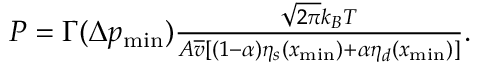
\begin{array} { r } { P = \Gamma ( \Delta p _ { \mathrm { m i n } } ) \frac { \sqrt { 2 \pi } k _ { B } T } { A \overline { { v } } [ ( 1 - \alpha ) \eta _ { s } ( x _ { \mathrm { m i n } } ) + \alpha \eta _ { d } ( x _ { \mathrm { m i n } } ) ] } . } \end{array}